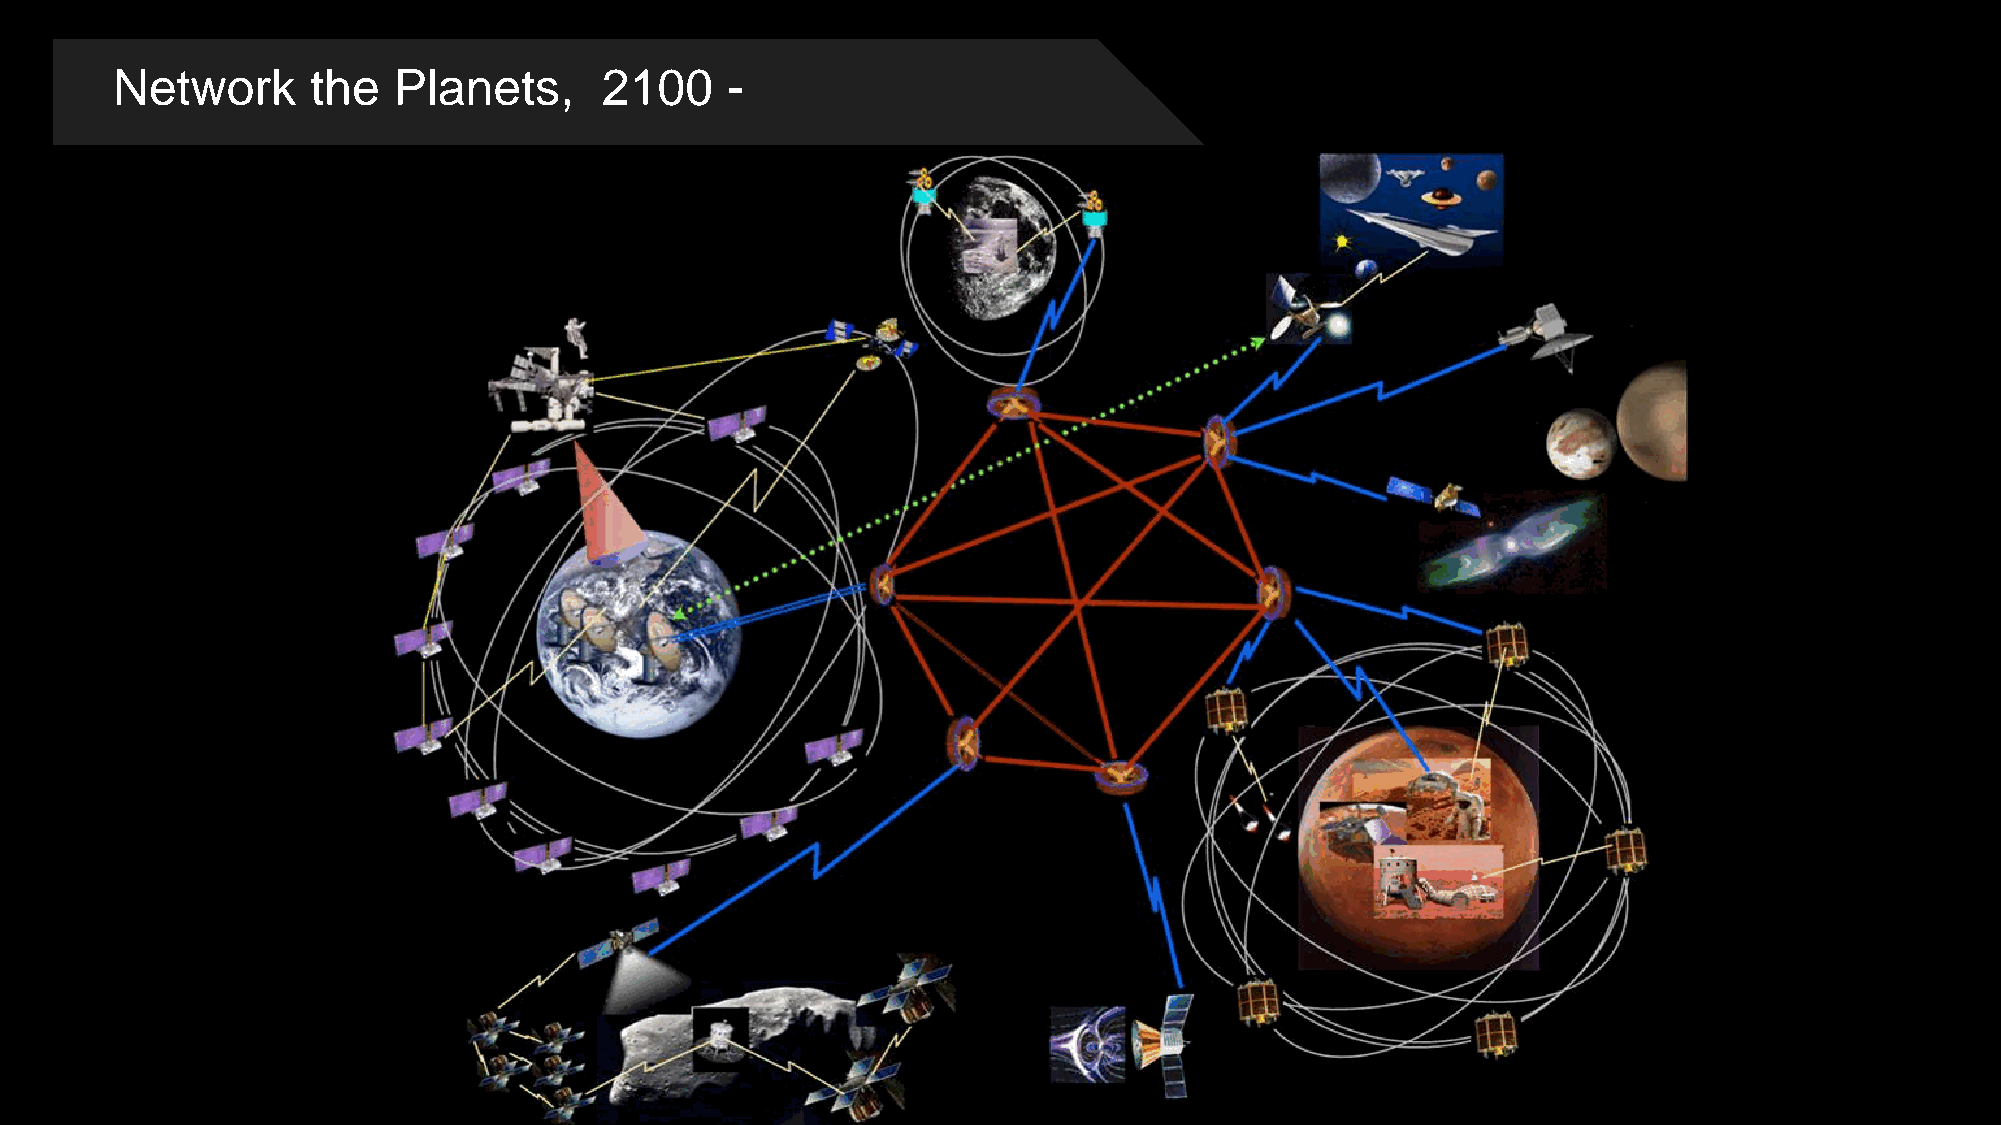
Network       the  Planets,      2100    -